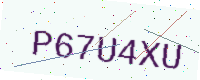
Text: P67U4XU